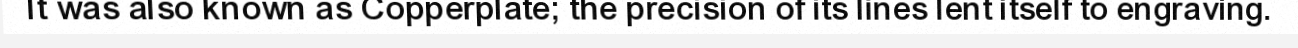
It was also known as Copperplate; the precision of its lines lent itself to engraving.